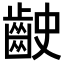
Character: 𪗧